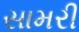
સામરી